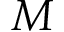
M